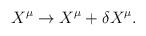
LaTeX: \begin{align*}X^{\mu} \rightarrow X^{\mu} + \delta X^{\mu}.\end{align*}